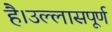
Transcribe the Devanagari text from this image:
है।उल्लासपूर्ण